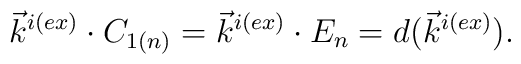
\vec{k}^{i(ex)} \cdot C_{1(n)}=\vec{k}^{i(ex)} \cdot E_n=d(\vec{k}^{i(ex)}).